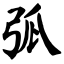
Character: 弧